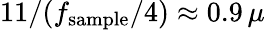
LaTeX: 11/(f_{\mathrm{sample}}/4)\approx 0.9\, \mu